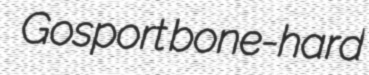
Gosport bone-hard